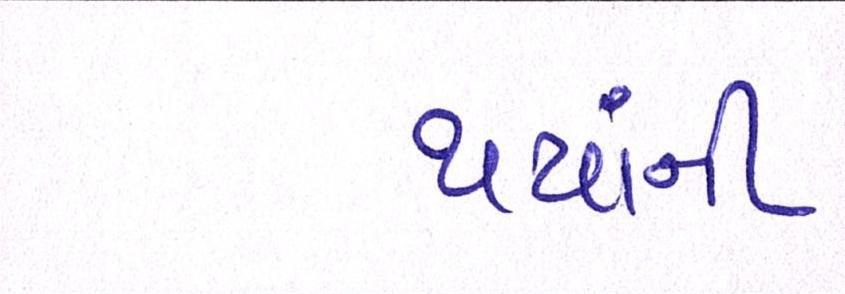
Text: થયાંની